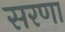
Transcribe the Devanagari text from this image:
सरणा